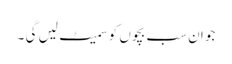
جو ان سب بچوں کو سمیٹ لیں گی ۔